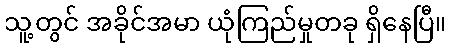
သူ့တွင် အခိုင်အမာ ယုံကြည်မှုတခု ရှိနေပြီ။